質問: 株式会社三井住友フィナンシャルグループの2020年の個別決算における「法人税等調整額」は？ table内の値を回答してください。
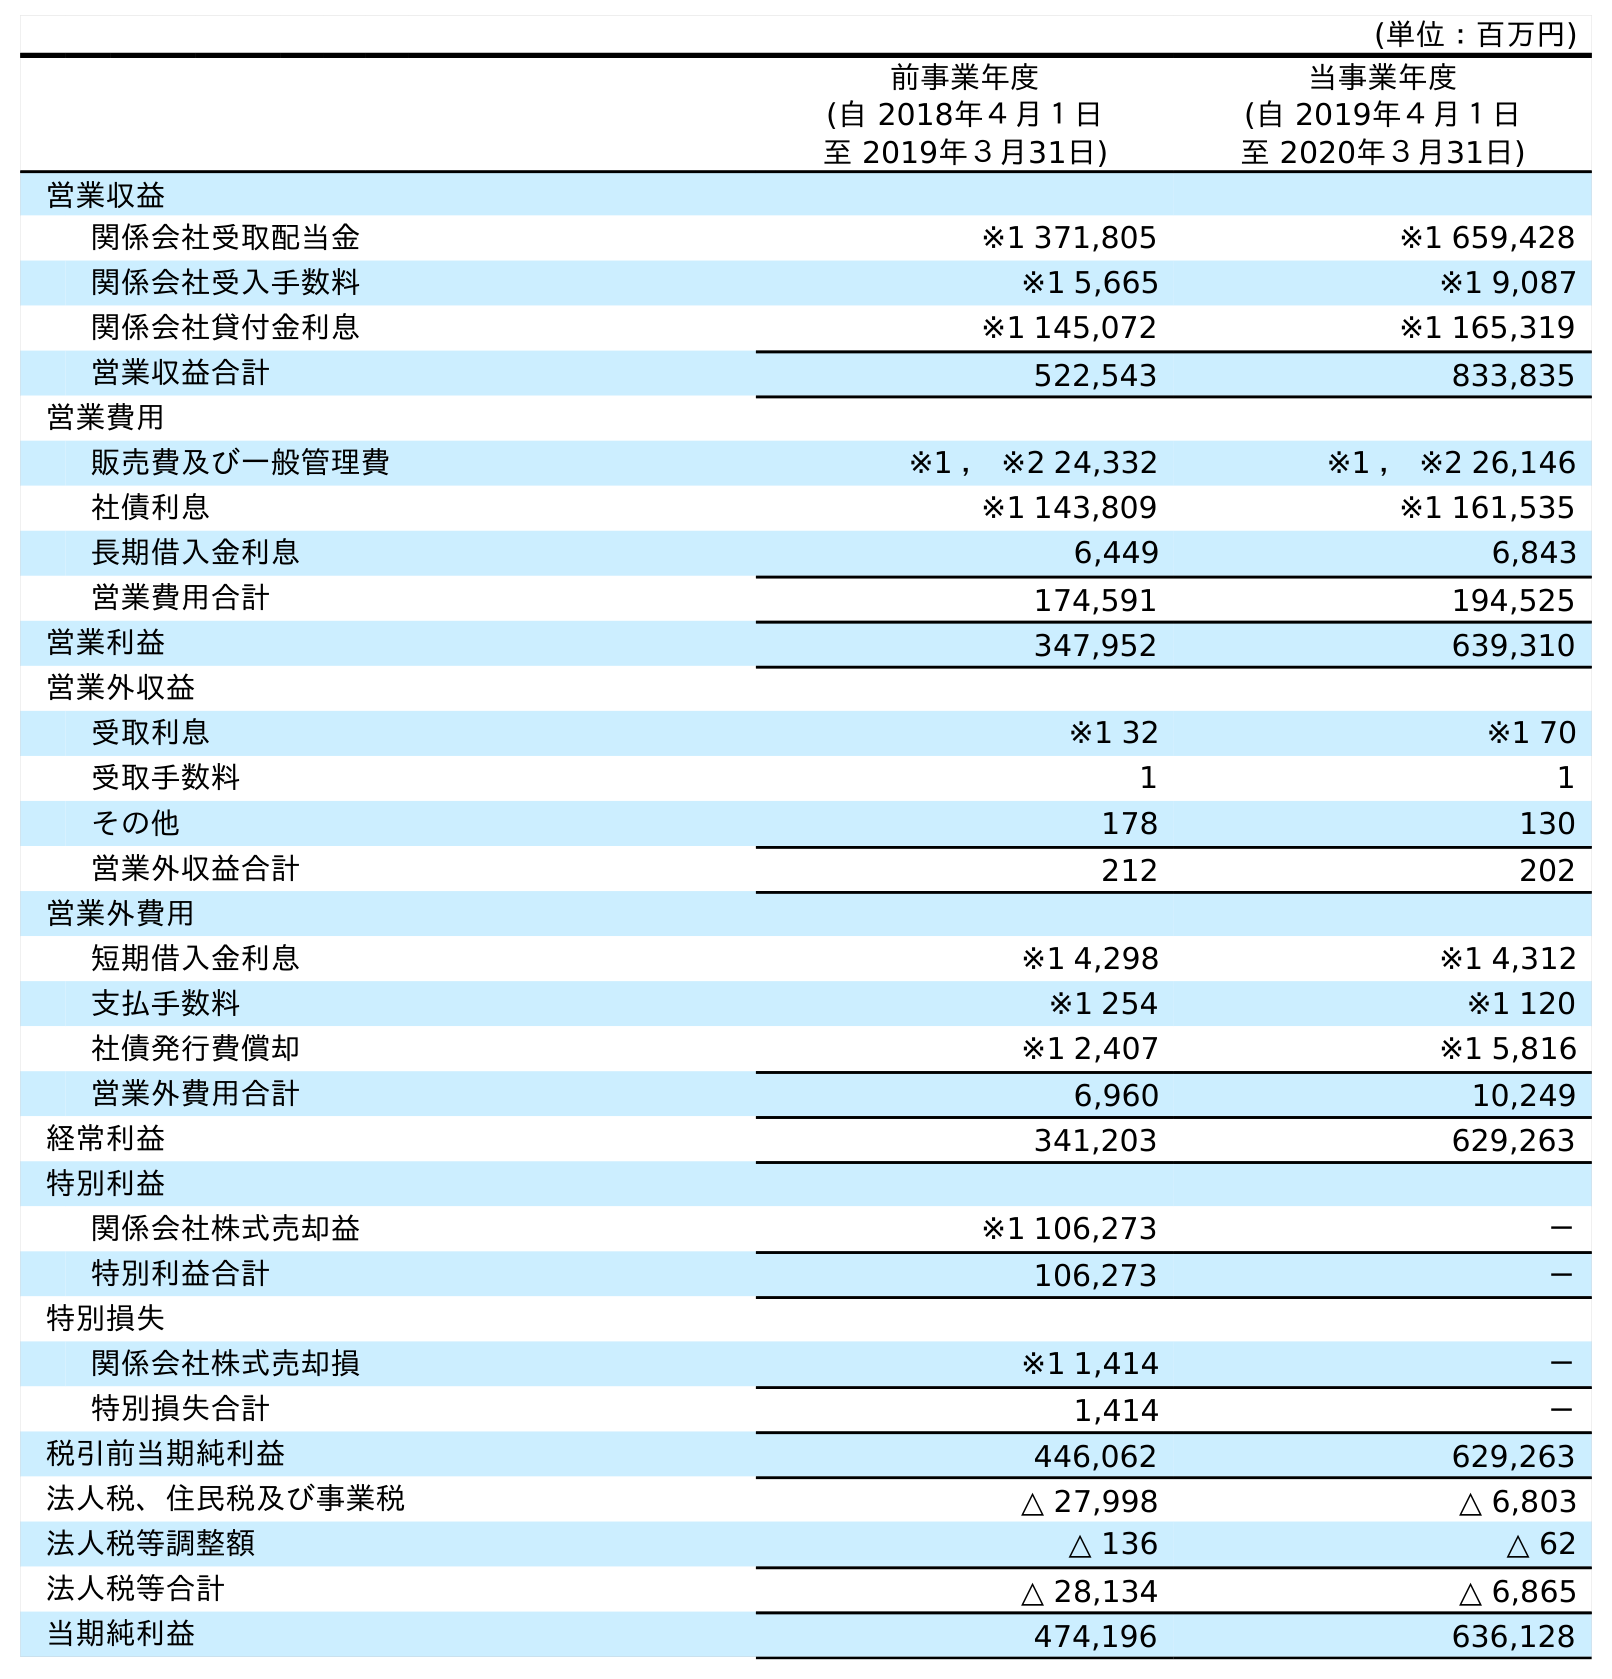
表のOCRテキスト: (単位：百万円) 前事業年度 (自 2018年４月１日 至 2019年３月31日) 当事業年度 (自 2019年４月１日 至 2020年３月31日) 営業収益 関係会社受取配当金 ※1 371,805 ※1 659,428 関係会社受入手数料 ※1 5,665 ※1 9,087 関係会社貸付金利息 ※1 145,072 ※1 165,319 営業収益合計 522,543 833,835 営業費用 販売費及び一般管理費 ※1 ， ※2 24,332 ※1 ， ※2 26,146 社債利息 ※1 143,809 ※1 161,535 長期借入金利息 6,449 6,843 営業費用合計 174,591 194,525 営業利益 347,952 639,310 営業外収益 受取利息 ※1 32 ※1 70 受取手数料 1 1 その他 178 130 営業外収益合計 212 202 営業外費用 短期借入金利息 ※1 4,298 ※1 4,312 支払手数料 ※1 254 ※1 120 社債発行費償却 ※1 2,407 ※1 5,816 営業外費用合計 6,960 10,249 経常利益 341,203 629,263 特別利益 関係会社株式売却益 ※1 106,273 － 特別利益合計 106,273 － 特別損失 関係会社株式売却損 ※1 1,414 － 特別損失合計 1,414 － 税引前当期純利益 446,062 629,263 法人税、住民税及び事業税 △ 27,998 △ 6,803 法人税等調整額 △ 136 △ 62 法人税等合計 △ 28,134 △ 6,865 当期純利益 474,196 636,128
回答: △62